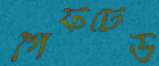
গিফটেড